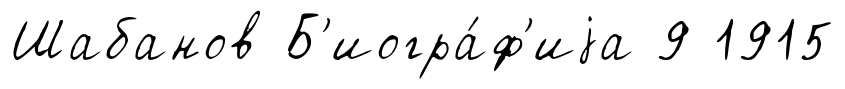
Шабанов Б'иогра́ф'иjа 9 1915